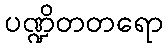
ပဏ္ဍိတတရော